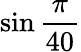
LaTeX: \sin{\frac{\pi}{40}}